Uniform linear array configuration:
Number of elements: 24
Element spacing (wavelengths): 0.5
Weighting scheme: exponential
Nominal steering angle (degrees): -60
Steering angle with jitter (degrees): -59.71
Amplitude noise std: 0.05
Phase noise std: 0.05

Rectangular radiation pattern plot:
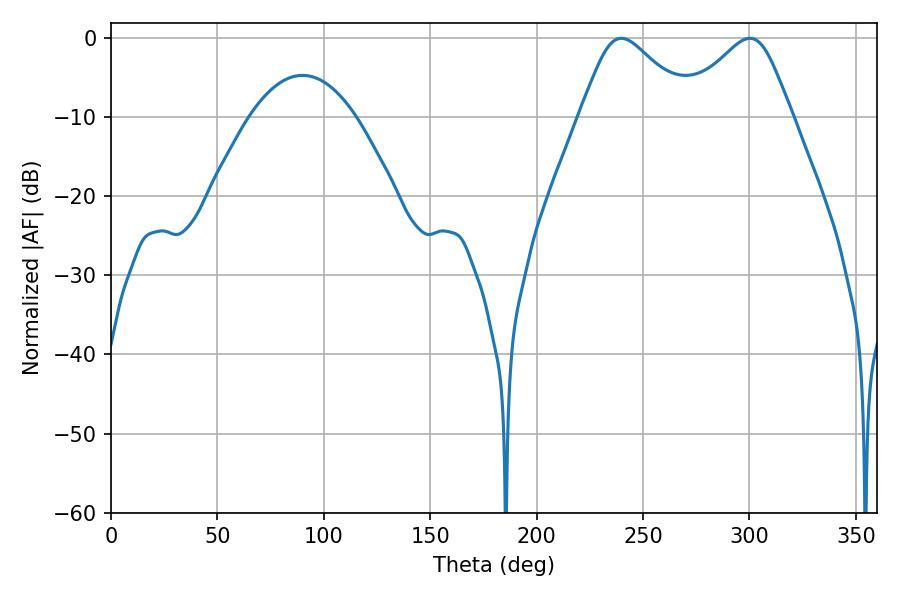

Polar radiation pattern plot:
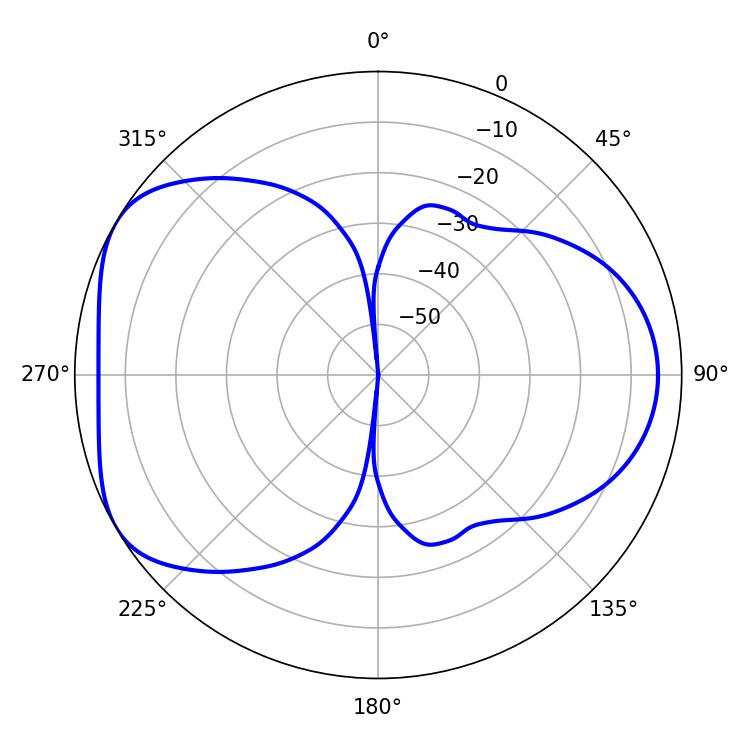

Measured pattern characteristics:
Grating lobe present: FALSE
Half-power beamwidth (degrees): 25.92
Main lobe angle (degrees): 239.76